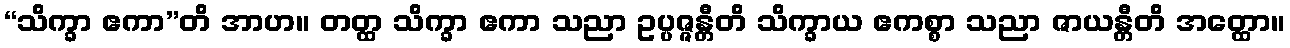
“သိက္ခာ ဧကာ”တိ အာဟ။ တတ္ထ သိက္ခာ ဧကာ သညာ ဥပ္ပဇ္ဇန္တီတိ သိက္ခာယ ဧကစ္စာ သညာ ဇာယန္တီတိ အတ္ထော။